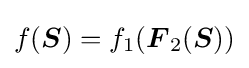
f({\boldsymbol {S}})=f_{1}({\boldsymbol {F}}_{2}({\boldsymbol {S}}))